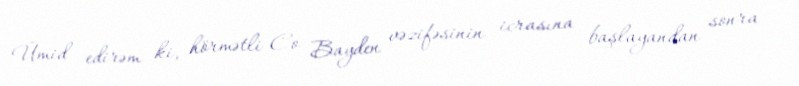
Ümid edirəm ki, hörmətli Co Bayden vəzifəsinin icrasına başlayandan sonra